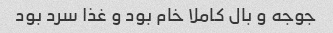
جوجه و بال کاملا خام بود و غذا سرد بود